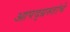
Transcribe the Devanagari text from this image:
आपद्ग्रस्तांचे